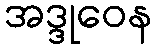
အဒ္ဒုဝေန